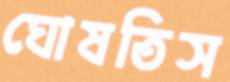
ঘোষতিস